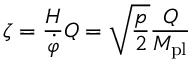
\zeta = \frac { H } { \dot { \varphi } } Q = \sqrt { \frac { p } { 2 } } \frac { Q } { M _ { \mathrm { p l } } }